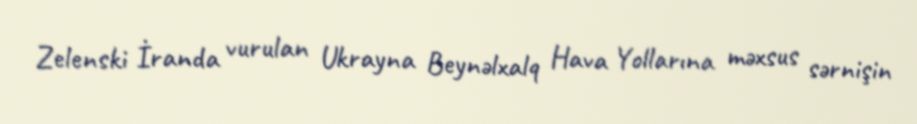
Zelenski İranda vurulan Ukrayna Beynəlxalq Hava Yollarına məxsus sərnişin